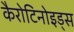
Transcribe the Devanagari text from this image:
कैरोटिनोइड्स